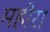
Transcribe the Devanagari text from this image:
महीरा